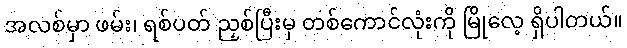
အလစ်မှာ ဖမ်း၊ ရစ်ပတ် ညှစ်ပြီးမှ တစ်ကောင်လုံးကို မြိုလေ့ ရှိပါတယ်။